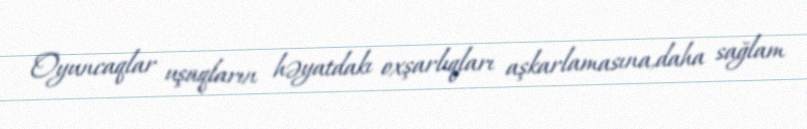
Oyuncaqlar uşaqların həyatdakı oxşarlıqları aşkarlamasına,daha sağlam